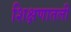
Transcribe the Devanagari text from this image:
शिक्षणातली